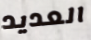
العديد